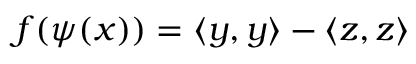
f ( \psi ( x ) ) = \langle y , y \rangle - \langle z , z \rangle